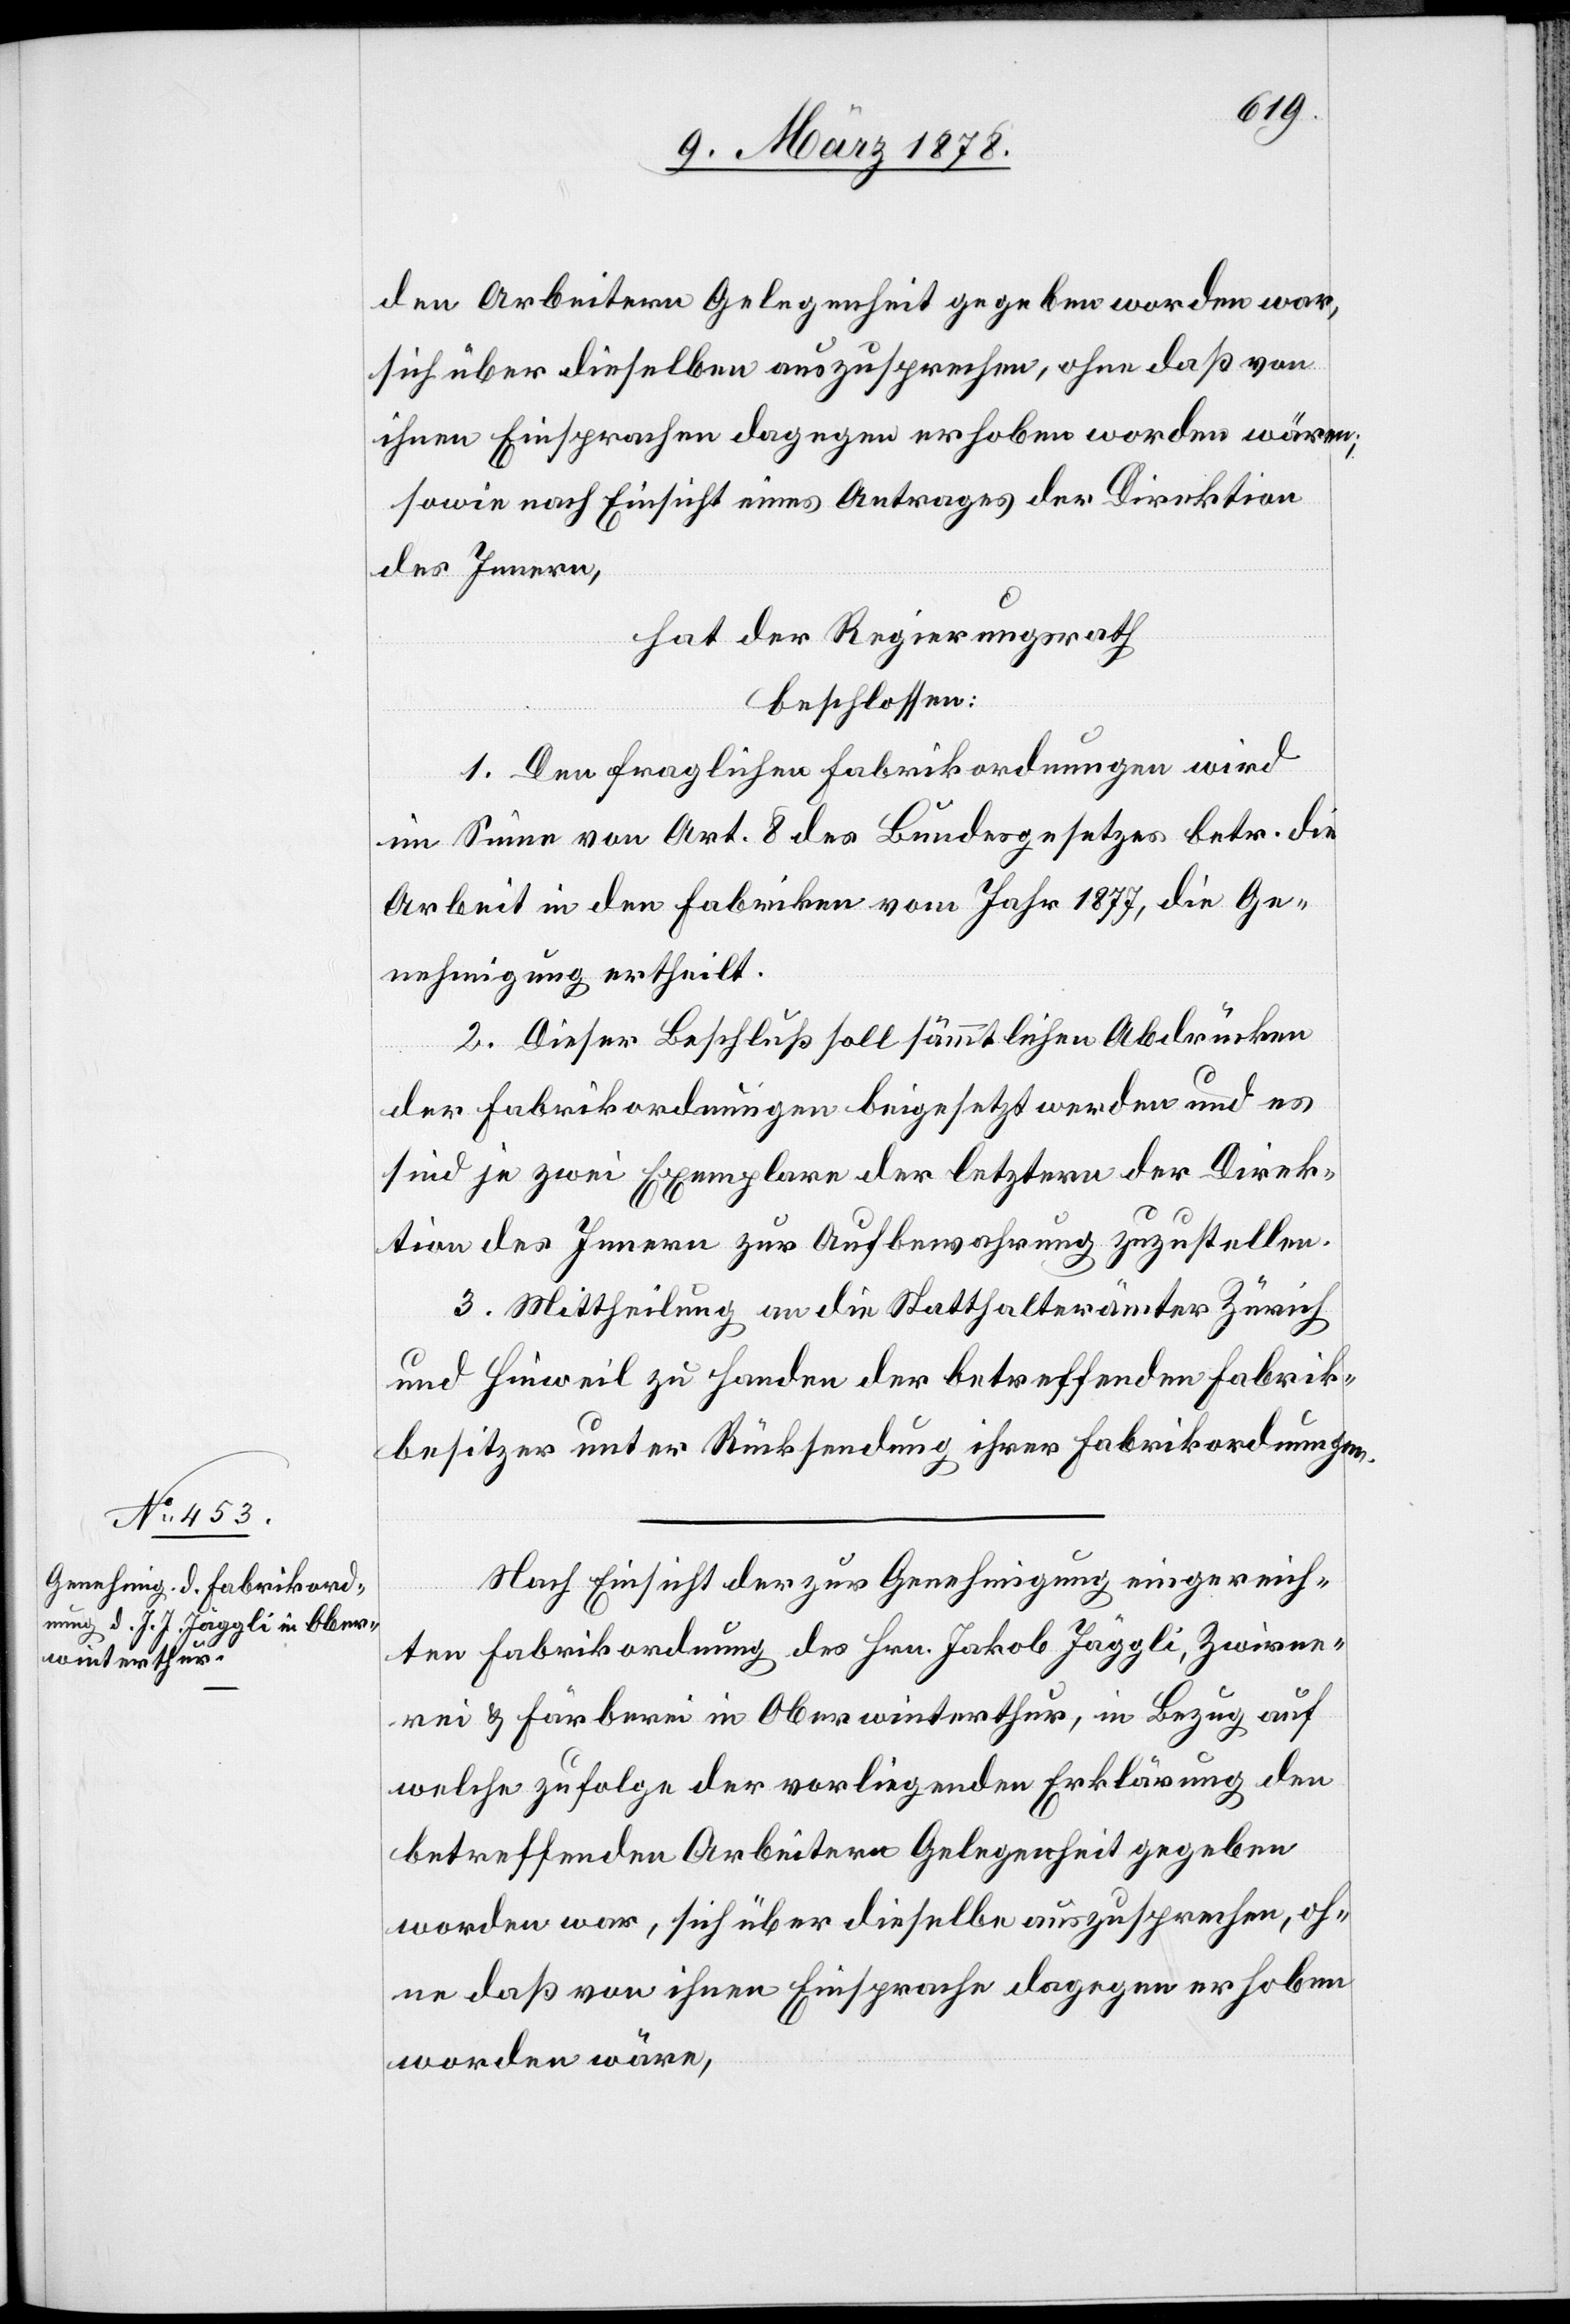
den Arbeitern Gelegenheit gegeben worden war,
sich über dieselben auszusprechen, ohne daß von
ihnen Einsprachen dagegen erhoben worden wären;
sowie nach Einsicht eines Antrages der Direktion
des Innern,
hat der Regierungsrath
beschlossen:
1. Den fraglichen Fabrikordnungen wird
im Sinne von Art. 8 des Bundesgesetzes betr. die
Arbeit in den Fabriken vom Jahr 1877, die Ge¬
nehmigung ertheilt.
2. Dieser Beschluß soll sämmtlichen Abdrücken
der Fabrikordnungen beigesetzt werden und es
sind je zwei Exemplare der letztern der Direk¬
tion des Innern zur Aufbewahrung zuzustellen.
3. Mittheilung an die Statthalterämter Zürich
und Hinweil zu Handen der betreffenden Fabrik¬
besitzer unter Rücksendung ihrer Fabrikordnungen.
Nach Einsicht der zur Genehmigung eingereich¬
ten Fabrikordnung des Hrn. Jakob Jäggli, Zwirne¬
rei & Färberei in Oberwinterthur, in Bezug auf
welche zufolge der vorliegenden Erklärung den
betreffenden Arbeiten Gelegenheit gegeben
worden war, sich über dieselbe auszusprechen, oh¬
ne daß von ihnen Einsprache dagegen erhoben
worden wäre,